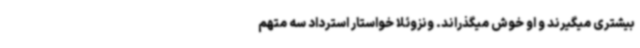
بیشتری میگیرند و او خوش میگذراند. ونزوئلا خواستار استرداد سه متهم